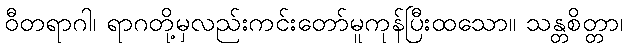
ဝီတရာဂါ၊ ရာဂတို့မှလည်းကင်းတော်မူကုန်ပြီးထသော။ သန္တစိတ္တာ၊